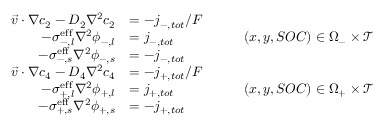
\begin{array} { r l r } { \vec { v } \cdot \nabla c _ { 2 } - D _ { 2 } \nabla ^ { 2 } c _ { 2 } } & { = - j _ { - , t o t } / F } & \\ { - \sigma _ { - , l } ^ { \mathrm { e f f } } \nabla ^ { 2 } \phi _ { - , l } } & { = j _ { - , t o t } } & { \qquad ( x , y , S O C ) \in \Omega _ { - } \times \mathcal { T } } \\ { - \sigma _ { - , s } ^ { \mathrm { e f f } } \nabla ^ { 2 } \phi _ { - , s } } & { = - j _ { - , t o t } } & \\ { \vec { v } \cdot \nabla c _ { 4 } - D _ { 4 } \nabla ^ { 2 } c _ { 4 } } & { = - j _ { + , t o t } / F } & \\ { - \sigma _ { + , l } ^ { \mathrm { e f f } } \nabla ^ { 2 } \phi _ { + , l } } & { = j _ { + , t o t } } & { \qquad ( x , y , S O C ) \in \Omega _ { + } \times \mathcal { T } } \\ { - \sigma _ { + , s } ^ { \mathrm { e f f } } \nabla ^ { 2 } \phi _ { + , s } } & { = - j _ { + , t o t } } & \end{array}